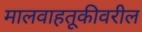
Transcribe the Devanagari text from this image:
मालवाहतूकीवरील